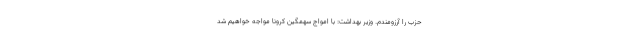
حزب را آرزومندم. وزیر بهداشت: با امواج سهمگین کرونا مواجه خواهیم شد